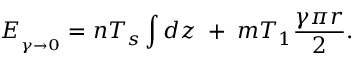
{ \cal E } _ { { } _ { \gamma \to 0 } } = n T _ { s } \int d z \; + \; m T _ { 1 } \frac { \gamma \pi r } { 2 } .